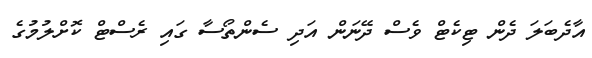
އާދެބަލަ ދެން ޓިކެޓް ވެސް ދޭނަން އަދި ސެންތޯސާ ގައި ރެސްޓް ކޮށްލުމުގެ